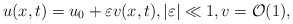
\begin{align*}u(x,t)=u_0+\varepsilon v(x,t), |\varepsilon|\ll 1,v=\mathcal{O}(1),\end{align*}